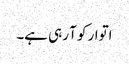
اتوار کو آ رہی ہے۔